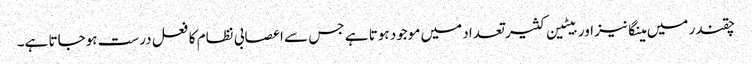
چقندر میں مینگانیز اور بیٹین کثیر تعداد میں موجود ہوتا ہے جس سے اعصابی نظام کا فعل درست ہوجاتا ہے۔